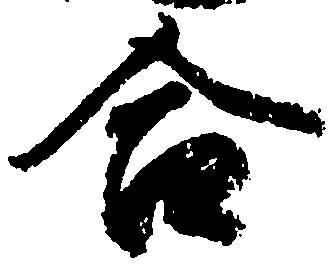
合